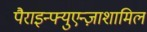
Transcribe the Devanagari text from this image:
पैराइन्फ्युएन्ज़ाशामिल